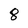
Character: 8